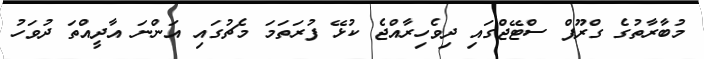
މުބާރާތުގެ ގްރޫޕް ސްޓޭޖްގައި ދިވެހިރާއްޖެ ކުޅޭ ފުރަތަމަ މެޗުގައި އަންނަ އާދީއްތަ ދުވަހު